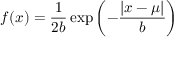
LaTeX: f ( x ) = { \frac { 1 } { 2 b } } \exp \left( - { \frac { | x - \mu | } { b } } \right)